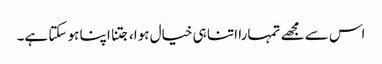
اس سے مجھے تمہارا اتنا ہی خیال ہوا، جتنا اپنا ہو سکتا ہے۔